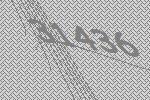
31436